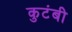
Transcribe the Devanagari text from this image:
कुटंबी